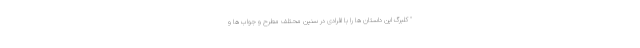
" کلبرگ این داستان ها را با افرادی در سنین محتلف مطرح و جواب ها و